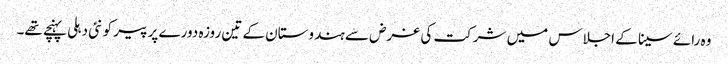
وہ رائے سینا کے اجلاس میں شرکت کی غرض سے ہندوستان کے تین روزہ دورے پر پیر کو نئی دہلی پہنچے تھے۔